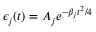
\epsilon _ { j } ( t ) = A _ { j } e ^ { - \beta _ { j } t ^ { 2 } / 4 }